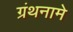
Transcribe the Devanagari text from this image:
ग्रंथनामे